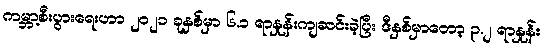
ကမ္ဘာ့စီးပွားရေးဟာ ၂၀၂၁ ခုနှစ်မှာ ၆.၁ ရာနှုန်းကျဆင်းခဲ့ပြီး ဒီနှစ်မှာတော့ ၃.၂ ရာနှုန်း